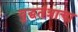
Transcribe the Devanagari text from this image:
युद्घतंत्राचा